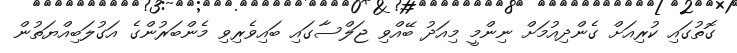
ގޮތުގައި ކުރިއަށް ގެންދިއުމަށް ނިންމީ މިއަދު ބޭއްވި ޖަލްސާގައި ބައިވެރިވި މެންބަރުންގެ އަގުލަބިއްޔަތުން